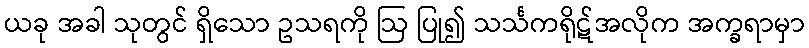
ယခု အခါ သုတွင် ရှိသော ဥသရကို ဩ ပြု၍ သင်္သကရိုဋ်အလိုက အက္ခရာမှာ